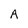
Character: A